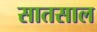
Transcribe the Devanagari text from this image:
सातसाल